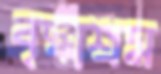
বৃদ্ধাশ্রম